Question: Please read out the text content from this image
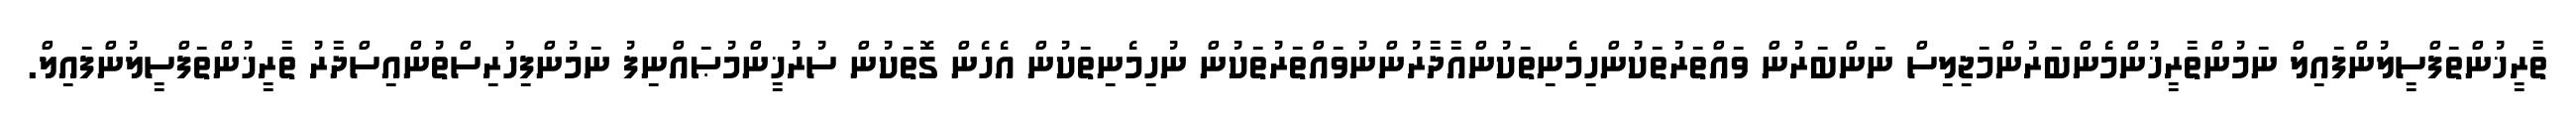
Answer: ތާރީޚުންތަފްސީލުންފައިލް ނަމުންތާރީޚުންމެންބަރުންމަޖިލިސް ނަންބަރުން ވައްތަރުތަކުންހިމެނިތަކުންއާދާރުންނުވައްތަރުތަކުން ނުހިމެނިތަކުން އެހެން ގޮތަކުން ސުރުޚީންމުޞައްނިފު ނަމުންފިހުރިސްތުންއިސްދާރު ތާރީޚުންތަފްސީލުންފައިލް.